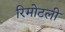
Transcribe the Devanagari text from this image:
रिमोटली